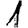
Digit: 1